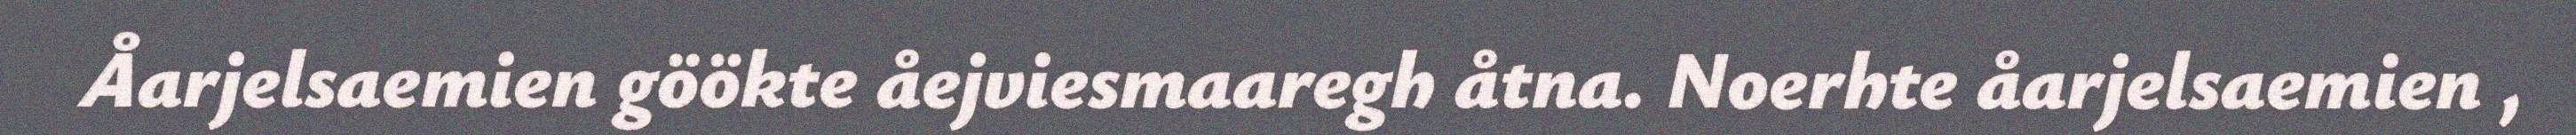
Åarjelsaemien göökte åejviesmaaregh åtna. Noerhte åarjelsaemien ,